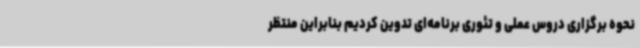
نحوه برگزاری دروس عملی و تئوری برنامه‌ای تدوین کردیم بنابراین منتظر